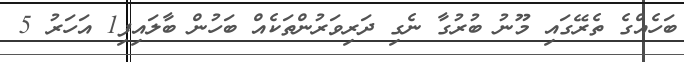
ބަހެއްގެ ތެރޭގައި މޫނު ބުރުގާ ނެގި ދަރިވަރުންތަކެއް ބަހުން ބާލައިފި1 އަހަރު 5